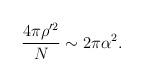
LaTeX: \begin{align*}\frac{4\pi\rho^{\prime 2}}{N} \sim 2\pi\alpha^{2}.\end{align*}